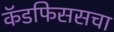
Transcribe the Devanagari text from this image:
कॅडफिससचा